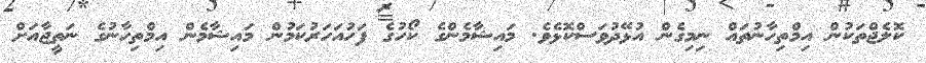
ކޮލެޖްތަކުން އިމްތިހާނުތައް ނިމިގެން އުޅޭދުވަސްކޮޅެވެ. މައިޝާމެންގެ ކޯހުގެ ފަހުއަހަރުކަމުން މައިޝާމެން އިމްތިހާނުގެ ނަތީޖާއަށް